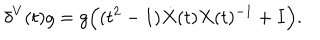
LaTeX: \delta ^ { V } ( t ) g = g \Big ( ( t ^ { 2 } - 1 ) \dot { X } ( t ) X ( t ) ^ { - 1 } + I \Big ) .